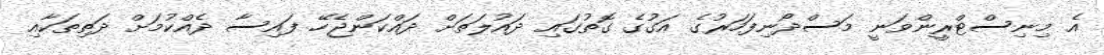
އެ މިނިސްޓްރީންވަނީ މަސްދޯނިފަހަރުގެ އަގުގެ ގޮތުގައި ދައުލަތަށް ދައްކަންޖެހޭ ފައިސާ ދެއްކުމަށް ދަތިތަކާއި